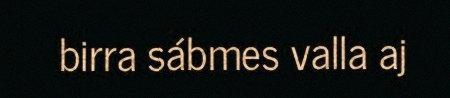
birra sábmes valla aj